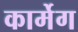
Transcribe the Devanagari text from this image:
कार्मेग